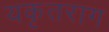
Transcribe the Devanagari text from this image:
यकृतराग